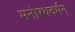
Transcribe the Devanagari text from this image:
मनोरथवर्मन्